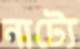
নাট্যে